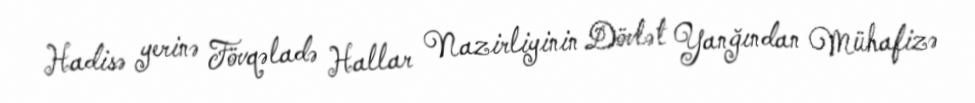
Hadisə yerinə Fövqəladə Hallar Nazirliyinin Dövlət Yanğından Mühafizə